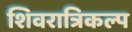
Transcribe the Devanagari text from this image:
शिवरात्रिकल्प